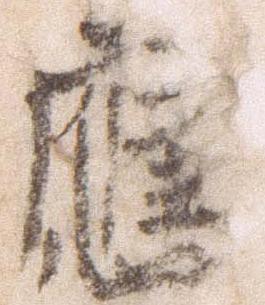
応